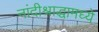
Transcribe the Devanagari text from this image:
नांदीश्राद्धामध्ये